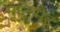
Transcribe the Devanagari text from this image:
मातृभेद